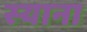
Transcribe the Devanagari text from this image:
स्‍याना